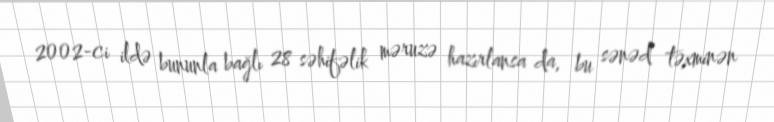
2002-ci ildə bununla bağlı 28 səhifəlik məruzə hazırlansa da, bu sənəd təxminən